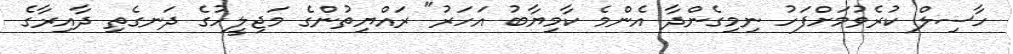
ހާސިލް ކުރެވުމަށްފަހު ނިމިގެންދާ އެންމެ ކާމިޔާބު އަހަރު" ރައްޔިތުންގެ މަޖިލީހުގެ ދަނގެތި ދާއިރާގެ